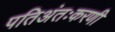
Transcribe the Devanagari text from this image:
पतिअंतःकरणी